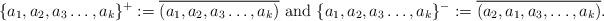
LaTeX: \begin{align*}\{a_1,a_2,a_3\ldots,a_k\}^+:=\overline{(a_1,a_2,a_3\ldots,a_k)} \mbox{ and } \{a_1,a_2,a_3\ldots,a_k\}^- := \overline{(a_2,a_1,a_3,\ldots,a_k)}.\end{align*}